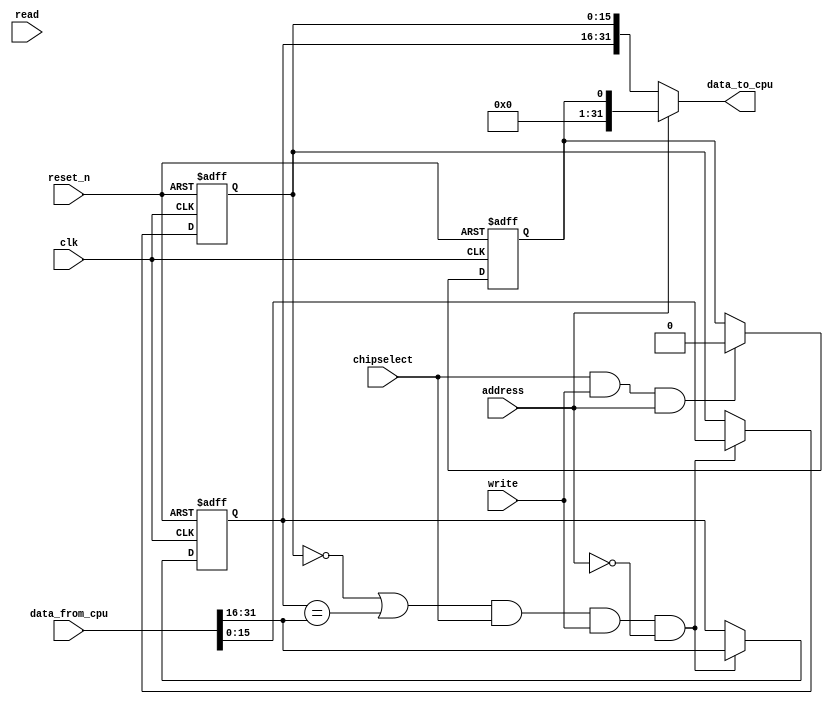
//Legal Notice: (C)2021 Altera Corporation. All rights reserved.  Your
//use of Altera Corporation's design tools, logic functions and other
//software and tools, and its AMPP partner logic functions, and any
//output files any of the foregoing (including device programming or
//simulation files), and any associated documentation or information are
//expressly subject to the terms and conditions of the Altera Program
//License Subscription Agreement or other applicable license agreement,
//including, without limitation, that your use is for the sole purpose
//of programming logic devices manufactured by Altera and sold by Altera
//or its authorized distributors.  Please refer to the applicable
//agreement for further details.

// synthesis translate_off
`timescale 1ns / 1ps
// synthesis translate_on

// turn off superfluous verilog processor warnings 
// altera message_level Level1 
// altera message_off 10034 10035 10036 10037 10230 10240 10030 

module Core6_mutex_0 (
                       // inputs:
                        address,
                        chipselect,
                        clk,
                        data_from_cpu,
                        read,
                        reset_n,
                        write,

                       // outputs:
                        data_to_cpu
                     )
;

  output  [ 31: 0] data_to_cpu;
  input            address;
  input            chipselect;
  input            clk;
  input   [ 31: 0] data_from_cpu;
  input            read;
  input            reset_n;
  input            write;

  wire    [ 31: 0] data_to_cpu;
  wire             mutex_free;
  reg     [ 15: 0] mutex_owner;
  wire             mutex_reg_enable;
  wire    [ 31: 0] mutex_state;
  reg     [ 15: 0] mutex_value;
  wire             owner_valid;
  reg              reset_reg;
  wire             reset_reg_enable;
  //s1, which is an e_avalon_slave
  //mutex_value, which is an e_register
  always @(posedge clk or negedge reset_n)
    begin
      if (reset_n == 0)
          mutex_value <= 0;
      else if (mutex_reg_enable)
          mutex_value <= data_from_cpu[15 : 0];
    end


  //mutex_owner, which is an e_register
  always @(posedge clk or negedge reset_n)
    begin
      if (reset_n == 0)
          mutex_owner <= 0;
      else if (mutex_reg_enable)
          mutex_owner <= data_from_cpu[31 : 16];
    end


  //reset_reg, which is an e_register
  always @(posedge clk or negedge reset_n)
    begin
      if (reset_n == 0)
          reset_reg <= 1'b1;
      else if (reset_reg_enable)
          reset_reg <= 1'b0;
    end


  assign mutex_free = mutex_value == 0;
  assign owner_valid = mutex_owner == data_from_cpu[31 : 16];
  assign mutex_reg_enable = (mutex_free | owner_valid) & chipselect & write & ~address;
  assign reset_reg_enable = chipselect & write & address;
  assign data_to_cpu = address ? reset_reg : mutex_state;
  assign mutex_state[15 : 0] = mutex_value;
  assign mutex_state[31 : 16] = mutex_owner;

endmodule